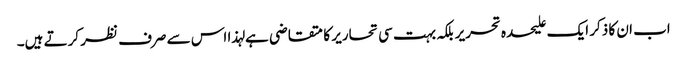
اب ان کا ذکر ایک علیحدہ تحریر بلکہ بہت سی تحاریر کا متقاضی ہے لہذا اس سے صرف نظر کرتے ہیں۔